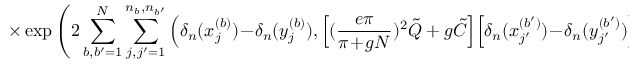
\times \exp \left( 2 \sum _ { b , b ^ { \prime } = 1 } ^ { N } \sum _ { j , j ^ { \prime } = 1 } ^ { n _ { b } , n _ { b ^ { \prime } } } \Big ( \delta _ { n } ( x _ { j } ^ { ( b ) } ) \! - \! \delta _ { n } ( y _ { j } ^ { ( b ) } ) , \Big [ ( \frac { e \pi } { \pi \! + \! g N } ) ^ { 2 } \tilde { Q } + g \tilde { C } \Big ] \Big [ \delta _ { n } ( x _ { j ^ { \prime } } ^ { ( b ^ { \prime } ) } ) \! - \! \delta _ { n } ( y _ { j ^ { \prime } } ^ { ( b ^ { \prime } ) } ) \Big ] \Big ) \right)